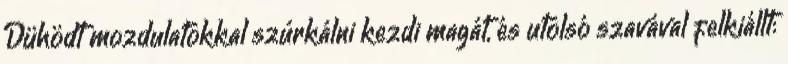
Dühödt mozdulatokkal szúrkálni kezdi magát, és utolsó szavával felkiállt: